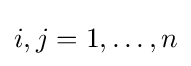
i,j=1,\ldots ,n